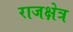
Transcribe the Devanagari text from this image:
राजक्षेत्र